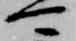
可